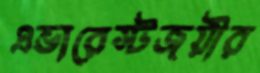
এভারেস্টজয়ীর